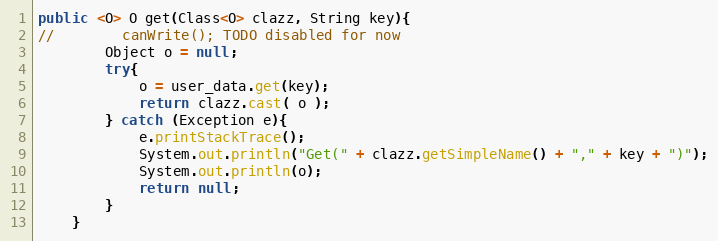
Language: Java
public <O> O get(Class<O> clazz, String key){
//        canWrite(); TODO disabled for now
        Object o = null;
        try{
            o = user_data.get(key);
            return clazz.cast( o );
        } catch (Exception e){
            e.printStackTrace();
            System.out.println("Get(" + clazz.getSimpleName() + "," + key + ")");
            System.out.println(o);
            return null;
        }
    }